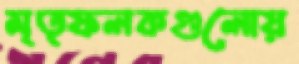
মৃত্ফলকগুলোয়